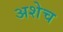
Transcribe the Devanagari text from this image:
अशेच